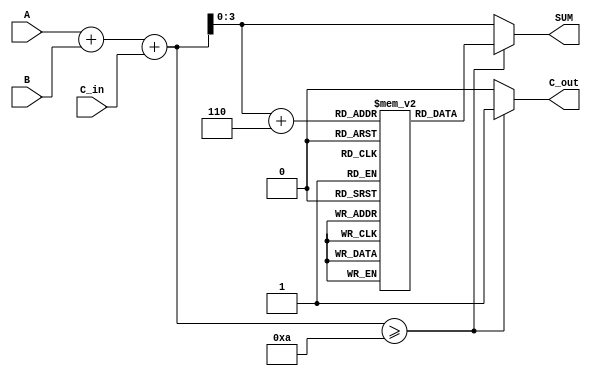
module BCD_LUT_Adder (
    input  wire [3:0] A,      // BCD input A
    input  wire [3:0] B,      // BCD input B
    input  wire C_in,         // Carry-in
    output reg  [3:0] SUM,    // BCD output SUM
    output reg  C_out         // Carry-out
);

    // Temporary storage for the sum
    wire [4:0] TEMP_SUM;       // 5-bit sum to hold A + B + C_in

    // Look-Up Table for BCD correction
    reg [3:0] LUT [0:19];      // LUT for sums 0 to 19

    initial begin
        // Initialize the LUT
        LUT[0]  = 4'b0000; // 0
        LUT[1]  = 4'b0001; // 1
        LUT[2]  = 4'b0010; // 2
        LUT[3]  = 4'b0011; // 3
        LUT[4]  = 4'b0100; // 4
        LUT[5]  = 4'b0101; // 5
        LUT[6]  = 4'b0110; // 6
        LUT[7]  = 4'b0111; // 7
        LUT[8]  = 4'b1000; // 8
        LUT[9]  = 4'b1001; // 9
        LUT[10] = 4'b0000; // 10 (adjusted to 0, carry out)
        LUT[11] = 4'b0001; // 11 (adjusted to 1)
        LUT[12] = 4'b0010; // 12 (adjusted to 2)
        LUT[13] = 4'b0011; // 13 (adjusted to 3)
        LUT[14] = 4'b0100; // 14 (adjusted to 4)
        LUT[15] = 4'b0101; // 15 (adjusted to 5)
        LUT[16] = 4'b0110; // 16 (adjusted to 6)
        LUT[17] = 4'b0111; // 17 (adjusted to 7)
        LUT[18] = 4'b1000; // 18 (adjusted to 8)
        LUT[19] = 4'b1001; // 19 (adjusted to 9)
    end

    // Compute the temporary sum
    assign TEMP_SUM = A + B + C_in;

    // Combinational logic for BCD addition and carry-out logic
    always @(*) begin
        if (TEMP_SUM >= 10) begin
            // If TEMP_SUM is greater than or equal to 10, set carry-out
            C_out = 1;
            // Use LUT to get the adjusted SUM value
            SUM = LUT[TEMP_SUM[3:0] + 6]; // Add 6 to adjust for BCD
        end else begin
            // No adjustment needed, carry-out is 0
            C_out = 0;
            SUM = TEMP_SUM[3:0]; // Directly use the TEMP_SUM
        end
    end

endmodule